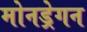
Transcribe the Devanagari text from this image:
मोनड्रेगन